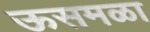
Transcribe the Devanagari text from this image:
ऊसमळा